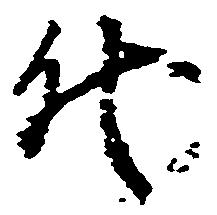
代